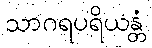
သာဂရပရိယန္တံ